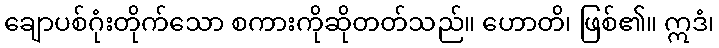
ချောပစ်ဂုံးတိုက်သော စကားကိုဆိုတတ်သည်။ ဟောတိ၊ ဖြစ်၏။ ဣဒံ၊